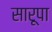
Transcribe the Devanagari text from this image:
सारूपा